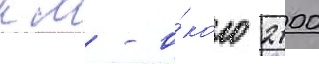
км - о́коло 2100